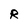
Character: R